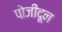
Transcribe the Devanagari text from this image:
पोजीदून